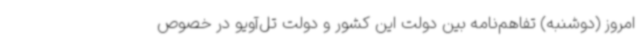
امروز (دوشنبه) تفاهم‌نامه بین دولت این کشور و دولت تل‌آویو در خصوص